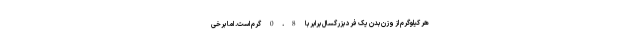
هر کیلوگرم از وزن بدن یک فرد بزرگسال برابر با 0.8 گرم است. اما برخی